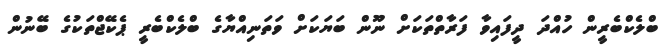
ބްލެކްބެރީން ހުއްދަ ދީފައިވާ ފަރާތްތަކަށް ނޫން ބަޔަކަށް ވަތަނިއްޔާގެ ބްލެކްބެރީ ޕެކޭޖްތަކުގެ ބޭނުން